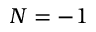
N = - 1